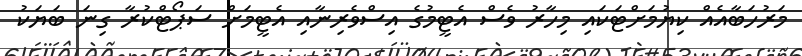
މަރުހަބާއެއް ކިޔުމަށްޓަކައި މިހާރު ވެސް އެޓީމުގެ އިސްވެރިނާއި އެޓީމަށް ސަޕޯޓްކުރާ ގިނަ ބަޔަކު